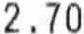
2.70